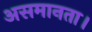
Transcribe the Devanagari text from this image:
असमानता।